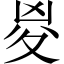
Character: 㚇